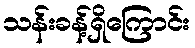
သန်းခန့်ရှိကြောင်း